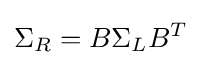
\Sigma _{R}=B\Sigma _{L}B^{T}